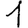
Digit: 1